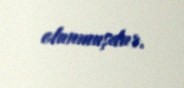
olunmuşdur.